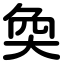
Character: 奐